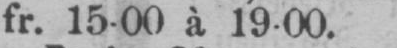
fr. 15-00 à 19-00.